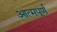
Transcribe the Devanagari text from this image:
आत्मपूर्ण